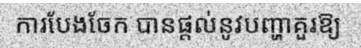
ការបែងចែក បានផ្តល់នូវបញ្ហាគួរឱ្យ